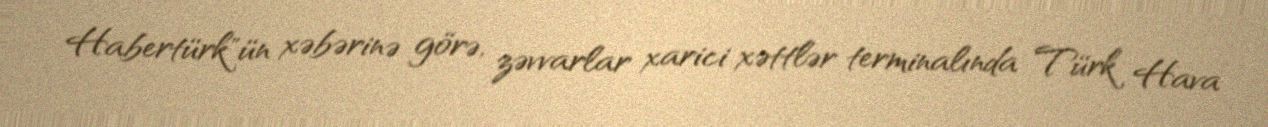
Habertürk"ün xəbərinə görə, zəvvarlar xarici xəttlər terminalında Türk Hava